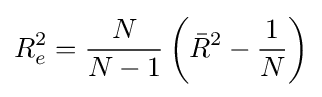
R_{e}^{2}={\frac {N}{N-1}}\left({\bar {R}}^{2}-{\frac {1}{N}}\right)